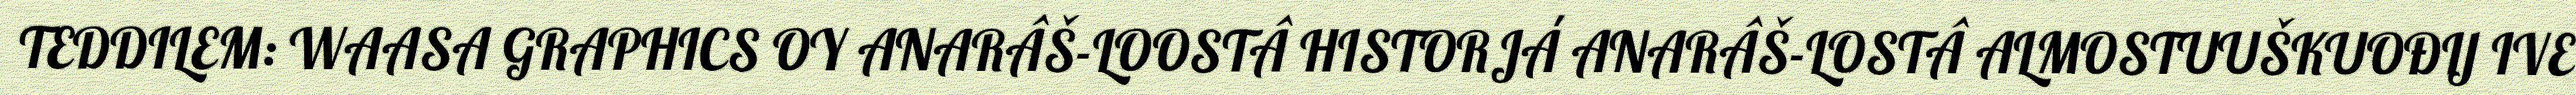
TEDDILEM: WAASA GRAPHICS OY ANARÂŠ-LOOSTÂ HISTORJÁ ANARÂŠ-LOSTÂ ALMOSTUUŠKUOĐIJ IVE